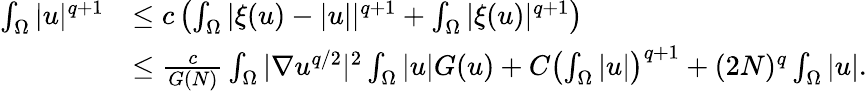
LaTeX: \begin{array}{rl}{\int_{\Omega}|u|^{q+1}}&{\leq c\left(\int_{\Omega}|\xi(u)-|u||^{q+1}+\int_{\Omega}|\xi(u)|^{q+1}\right)}\\ &{\leq\frac{c}{G(N)}\int_{\Omega}|\nabla u^{q/2}|^{2}\int_{\Omega}|u|G(u)+C\left(\int_{\Omega}|u|\right)^{q+1}+(2N)^{q}\int_{\Omega}|u|.}\end{array}